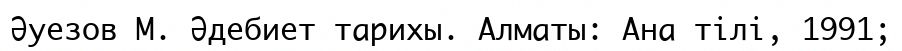
Әуезов М. Әдебиет тарихы. Алматы: Ана тілі, 1991;